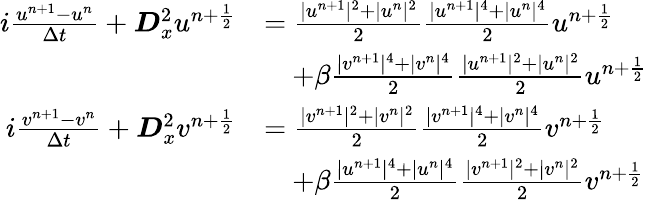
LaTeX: \begin{array}{rl}{i\frac{u^{n+1}-u^{n}}{\Delta t}+\boldsymbol{D}_{x}^{2}u^{n+\frac{1}{2}}}&{=\frac{|u^{n+1}|^{2}+|u^{n}|^{2}}{2}\frac{|u^{n+1}|^{4}+|u^{n}|^{4}}{2}u^{n+\frac{1}{2}}}\\ &{\quad+\beta\frac{|v^{n+1}|^{4}+|v^{n}|^{4}}{2}\frac{|u^{n+1}|^{2}+|u^{n}|^{2}}{2}u^{n+\frac{1}{2}}}\\ {i\frac{v^{n+1}-v^{n}}{\Delta t}+\boldsymbol{D}_{x}^{2}v^{n+\frac{1}{2}}}&{=\frac{|v^{n+1}|^{2}+|v^{n}|^{2}}{2}\frac{|v^{n+1}|^{4}+|v^{n}|^{4}}{2}v^{n+\frac{1}{2}}}\\ &{\quad+\beta\frac{|u^{n+1}|^{4}+|u^{n}|^{4}}{2}\frac{|v^{n+1}|^{2}+|v^{n}|^{2}}{2}v^{n+\frac{1}{2}}}\end{array}